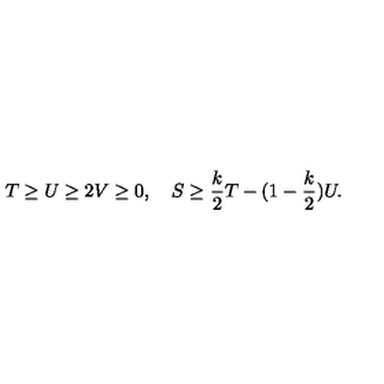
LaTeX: T \geq U \geq 2 V \geq 0 , \quad S \geq { \frac { k } { 2 } } T - ( 1 - { \frac { k } { 2 } } ) U .